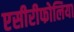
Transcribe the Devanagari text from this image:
एसीरीफोलिया